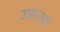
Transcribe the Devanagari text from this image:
उबाल्डो